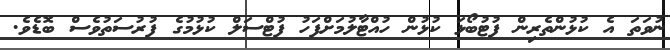
ނުވަތަ އެ ކުޅުންތެރިން ފުޓުބޯޅަ ކުޅުން ހުއްޓާލުމަށްފަހު ފުޓްސަލް ކުޅުމުގެ ފުރުސަތުވެސް ބޮޑެވެ.